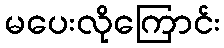
မပေးလိုကြောင်း